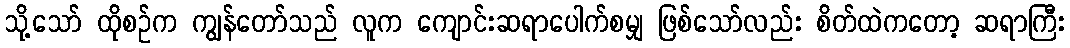
သို့သော် ထိုစဉ်က ကျွန်တော်သည် လူက ကျောင်းဆရာပေါက်စမျှ ဖြစ်သော်လည်း စိတ်ထဲကတော့ ဆရာကြီး